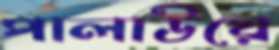
পালাউয়ে